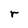
Character: r